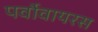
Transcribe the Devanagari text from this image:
पर्वोवायरस